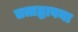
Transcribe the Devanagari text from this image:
तत्तद्भावना